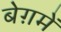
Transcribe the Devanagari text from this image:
बेग़में